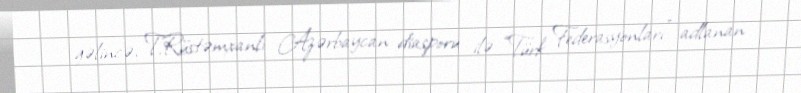
gəlincə, T.Rüstəmxanlı Azərbaycan diasporu ilə “Türk Federasyonları” adlanan